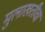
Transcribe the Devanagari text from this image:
मुलाखतीचा